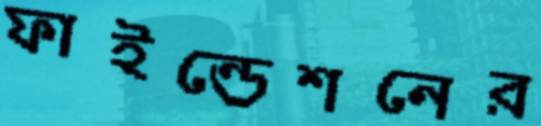
ফাইন্ডেশনের